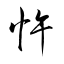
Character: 忤